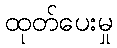
ထုတ်ပေးမှု